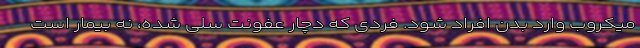
میکروب وارد بدن افراد شود. فردی که دچار عفونت سلی شده، نه بیمار است